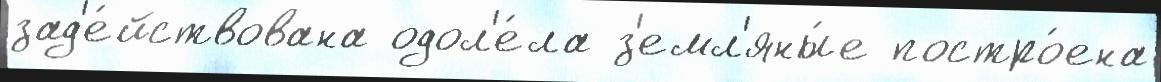
зад'е́йствована одол'е́ла з'емл'яны́е постро́ена